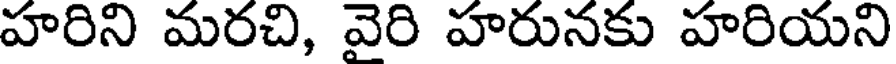
హరిని మరచి, వైరి హరునకు హరియని